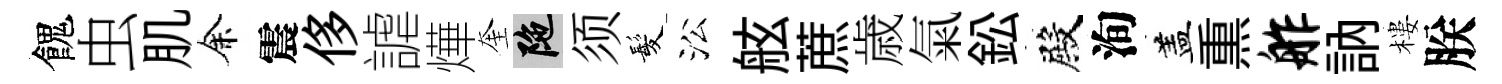
餽虫肌余震侈謔燁奎陀须髪㳂舷蔗歳氣鈆殿洵盖𤋱舴訥樓朕